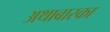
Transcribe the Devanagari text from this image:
अथाबास्का